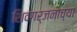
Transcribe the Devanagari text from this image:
शिवगर्जनाच्या